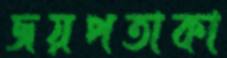
জয়পতাকা